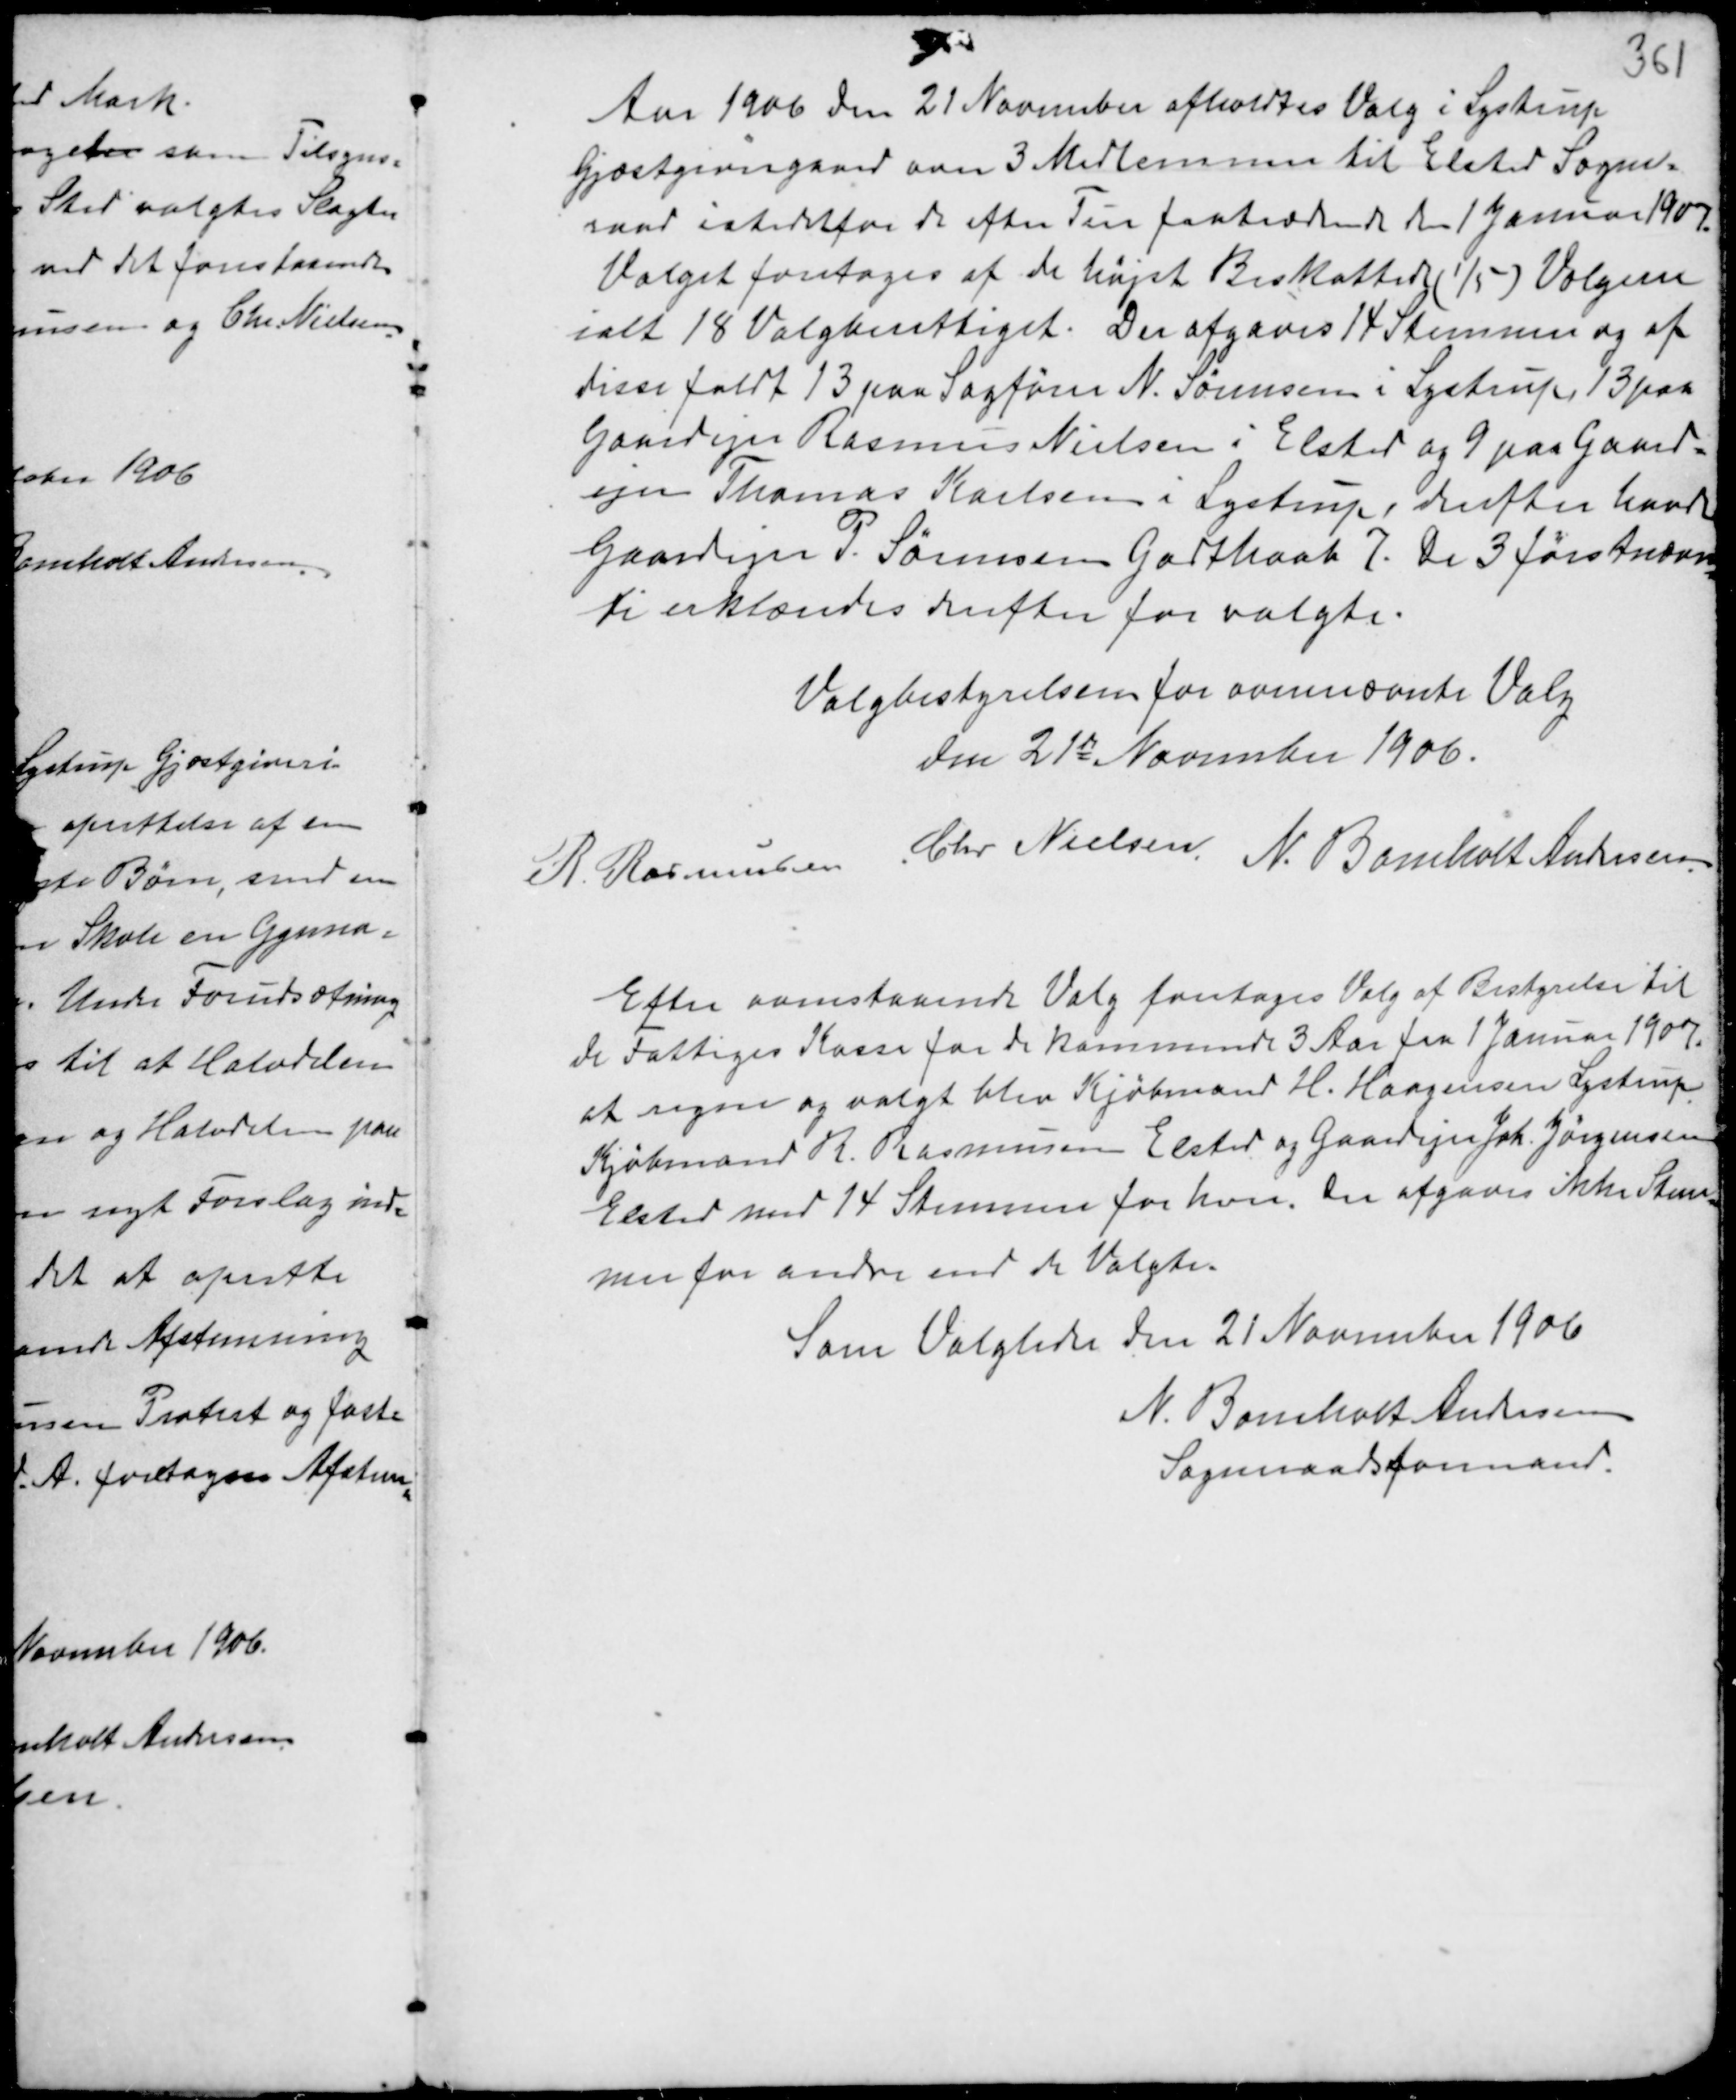
Transskription:
Aar 1906 den 21 November afholdtes Valg i Lystrup
Gjæstgivergaard over 3 Medlemmer til Elsted Sogne-
raad istedetfor de efter Fire fratrædende den 1 Januar 1907.
Valget foretoges af de højst Beskattede (1/5) Vælgere
ialt 18 Valgberettiget. Der afgaves 14 Stemmer og af
disse faldt 13 paa Sagfører N. Sørensen i Lystrup, 13 paa
Gaardejer Rasmus Nielsen i Elsted og 9 paa Gaard-
ejer Thomas Karlsen i Lystrup, derefter havde
Gaardejer P. Sørensen Godthaab 7. De 3 førstnævn-
te erklæredes derefter for valgte.

Valgbestyrelsen for ovennævnte Valg
den 21de November 1906.
R. Rasmussen Chr Nielsen
N. Bomholt Andersen

Efter overstaaede Valg foretoges Valg af Bestyrelse til
de Fattiges Kasse for de kommende 3 Aar fra 1 Januar 1907,
at regne og valgt blev Kjøbmand H. Haagensen Lystrup
Kjøbmand R. Rasmussen Elsted og Gaardejer Joh. Jørgensen
Elsted med 14 Stemmer for hver. Der afgaves ikke Stem-
mer for andre end de Valgte.
Som Valgleder den 21 November 1906
N. Bomholt Andersen
Sogneraadsformand.